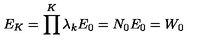
E _ { K } = \prod ^ { K } \lambda _ { k } E _ { 0 } = N _ { 0 } E _ { 0 } = W _ { 0 }